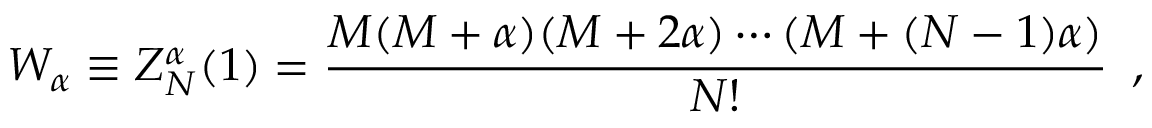
W _ { \alpha } \equiv Z _ { N } ^ { \alpha } ( 1 ) = \frac { M ( M + \alpha ) ( M + 2 \alpha ) \cdots ( M + ( N - 1 ) \alpha ) } { N ! } \, \, \, ,